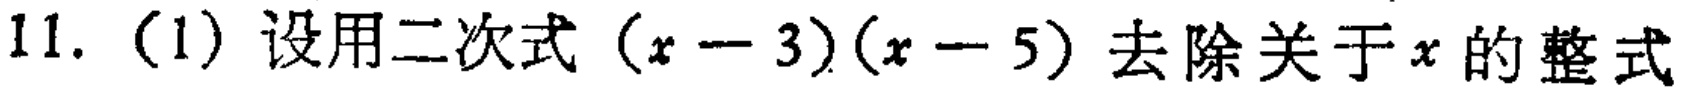
11. (1) 设用二次式\((x - 3)(x - 5)\)去除关于\(x\)的整式